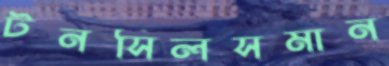
টনসিলসমান